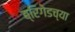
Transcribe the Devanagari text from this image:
ब्रिगेडच्या